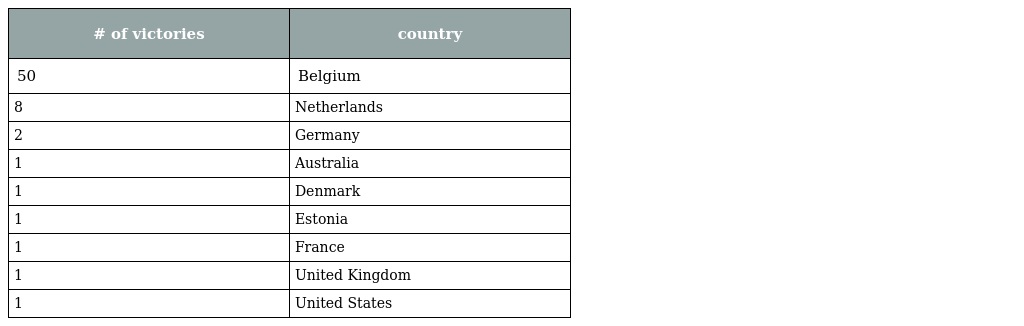
| # of victories | country |
 | --- | --- |
 | 50 | Belgium |
 | 8 | Netherlands |
 | 2 | Germany |
 | 1 | Australia |
 | 1 | Denmark |
 | 1 | Estonia |
 | 1 | France |
 | 1 | United Kingdom |
 | 1 | United States |